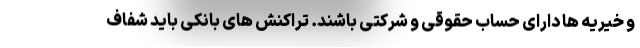
و خیریه ها دارای حساب حقوقی و شرکتی باشند. تراکنش های بانکی باید شفاف